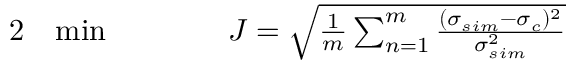
\begin{array} { r l r l } { { 2 } } & { { } \! \operatorname* { m i n } } & { \qquad } & { { } J = \sqrt { \frac { 1 } { m } \sum _ { n = 1 } ^ { m } \frac { ( \sigma _ { s i m } - \sigma _ { c } ) ^ { 2 } } { \sigma _ { s i m } ^ { 2 } } } } \end{array}